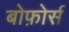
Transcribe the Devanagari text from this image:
बोफ़ोर्स